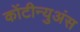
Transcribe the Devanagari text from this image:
कोंटीन्युअंस